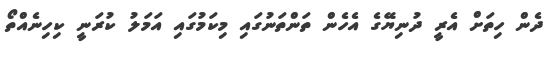
ދެން ހިތަށް އެރީ ދުނިޔޭގެ އެހެން ތަންތަނުގައި މިކަމުގައި އަމަލު ކުރަނީ ކިހިނެއްތޯ